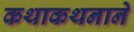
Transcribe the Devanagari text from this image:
कथाकथनाने